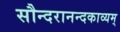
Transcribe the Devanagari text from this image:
सौन्दरानन्दकाव्यम्